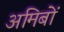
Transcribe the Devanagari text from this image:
अमिबों